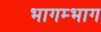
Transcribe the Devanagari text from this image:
भागम्भाग